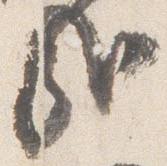
哉